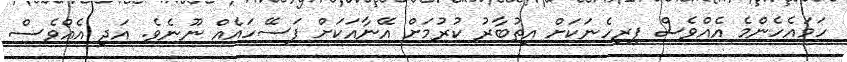
ހަމައެހެންމެ އެއްވެސް ފިރިހެނަކަށް އިތުބާރު ކުރުމަށް އޭނާއަކަށް ފަސޭހައެއް ނޫނެވެ. އަދި އެއްވެސް